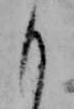
も